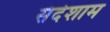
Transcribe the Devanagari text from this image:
संदेशाम